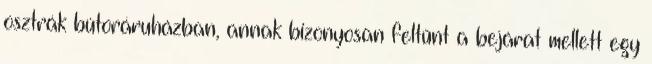
osztrák bútoráruházban, annak bizonyosan feltűnt a bejárat mellett egy